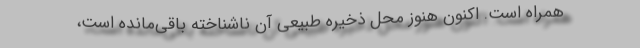
همراه است. اکنون هنوز محل ذخیره طبیعی آن ناشناخته باقی‌مانده است،